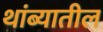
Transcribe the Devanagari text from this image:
थांब्यातील